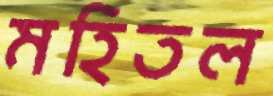
মহিতল